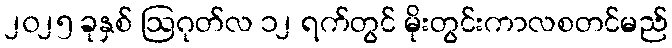
၂၀၂၅ ခုနှစ် ဩဂုတ်လ ၁၂ ရက်တွင် မိုးတွင်းကာလစတင်မည်